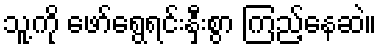
သူ့ကို ဖော်ရွေရင်းနှီးစွာ ကြည့်နေဆဲ။